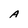
Character: A